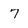
Character: 7